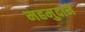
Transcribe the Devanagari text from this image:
महमुदाने